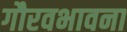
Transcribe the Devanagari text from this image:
गौरवभावना